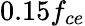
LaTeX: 0.15f_{ce}